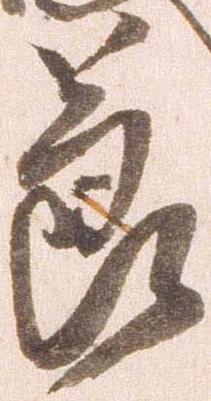
節